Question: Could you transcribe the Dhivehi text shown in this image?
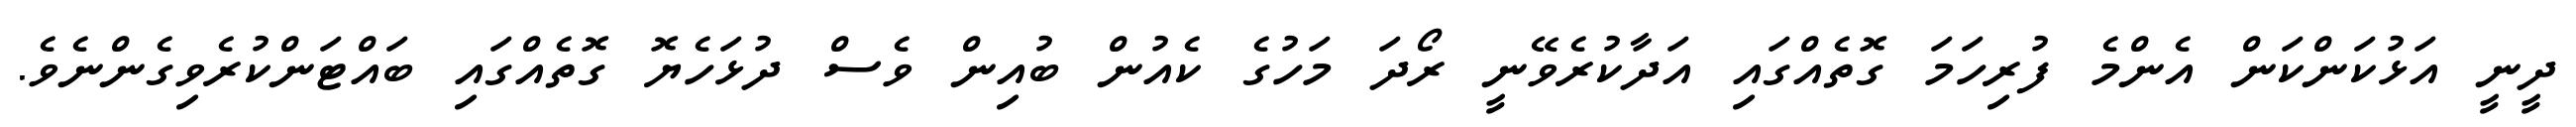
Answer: ދީނީ އަޅުކަންކަން އެންމެ ފުރިހަމަ ގޮތެއްގައި އަދާކުރެވޭނީ ރޯދަ މަހުގެ ކެއުން ބުއިން ވެސް ދުޅަހެޔޮ ގޮތެއްގައި ބައްޓަންކުރެވިގެންނެވެ.